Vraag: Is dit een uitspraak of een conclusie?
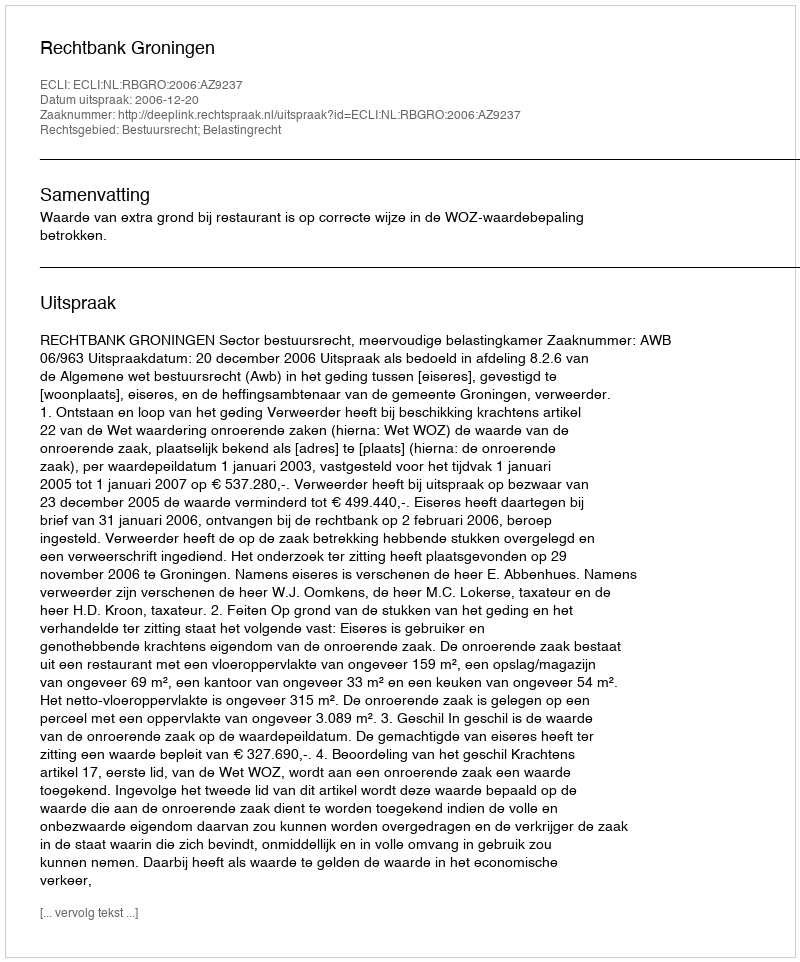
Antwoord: Uitspraak